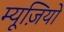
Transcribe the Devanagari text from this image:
म्यूज़ियो